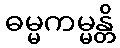
ဓမ္မကမ္မန္တိ